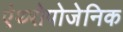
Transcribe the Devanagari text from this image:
एंथ्‍रोपोजेनिक